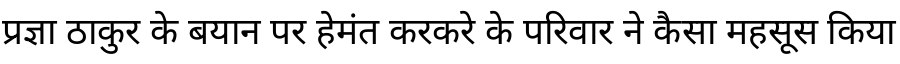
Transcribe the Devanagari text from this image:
प्रज्ञा ठाकुर के बयान पर हेमंत करकरे के परिवार ने कैसा महसूस किया